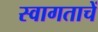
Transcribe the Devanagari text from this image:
स्वागताचें